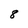
Character: 8